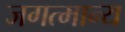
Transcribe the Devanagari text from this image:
जगत्मान्य